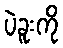
ပဲခူးကို